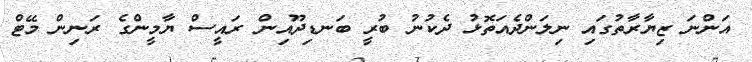
އަންނަ ޒިޔާރާތުގައި ނިލަންދެއަތޮޅު ދެކުނު ބުރީ ބަނޑިދޫއިން ރައީސް ޔާމީންގެ ރަނިން މޭޓް